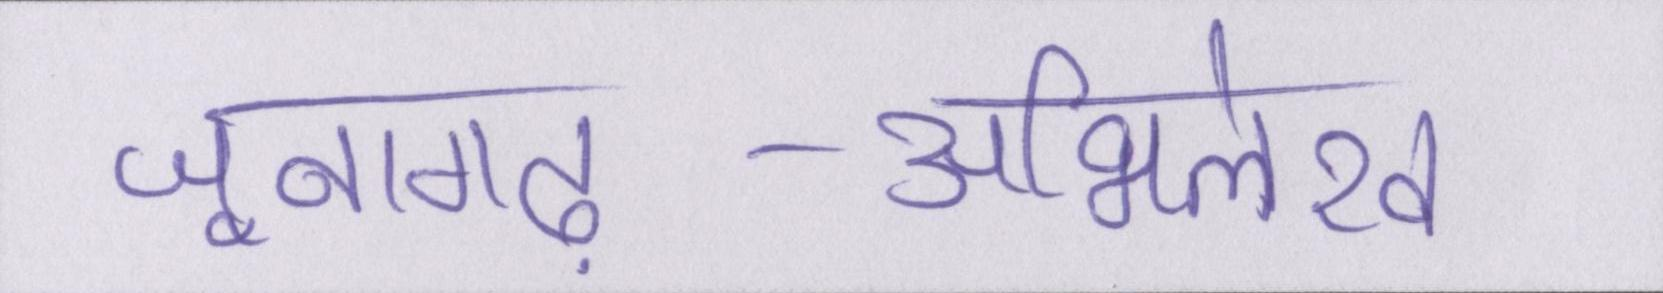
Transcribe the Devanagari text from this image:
जूनागढ़-अभिलेख